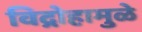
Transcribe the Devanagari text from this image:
विद्रोहामुळे